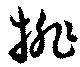
排